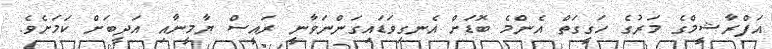
އަފްރާޝީމްގެ މަރުގެ ހަގީގަތް އެންމެ ބޮޑަށް އެނގިވަޑައިގަންނަވާނީ ރައީސް ޔާމީނާއި އަދީބަށް ކަމަށެވެ.